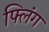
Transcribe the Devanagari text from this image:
फ्लिंग